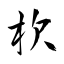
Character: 杴